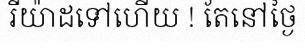
រីយ៉ាដទៅហើយ ! តែនៅថ្ងៃ